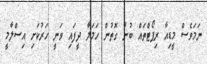
ނަމަވެސް މީޑިއާ ރިޕޯޓްތައް ބުނާ ގޮތުން ހަމަލާ ދީފައި ވަނީ ހަރުކަށި އިސްލާމީ